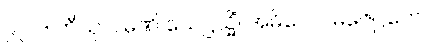
၉၂၀။ တီသု ဂါမဏိ သေဋ္ဌသ္မိံ၊ အဓိပေ ဂါမဇေဋ္ဌကေ။